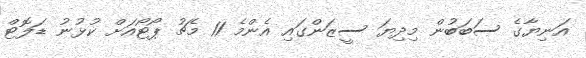
އަނިޔާގެ ސަބަބުން މިދިޔަ ސީޒަންގައި އެންމެ 11 މެޗު ޕޯޓޯއަށް ކުޅުނު ޑަލޮޓް